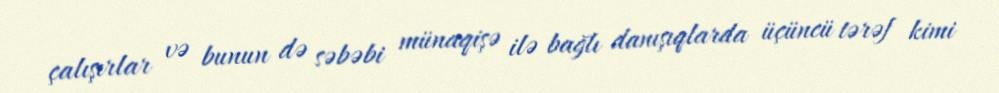
çalışırlar və bunun də səbəbi münaqişə ilə bağlı danışıqlarda üçüncü tərəf kimi